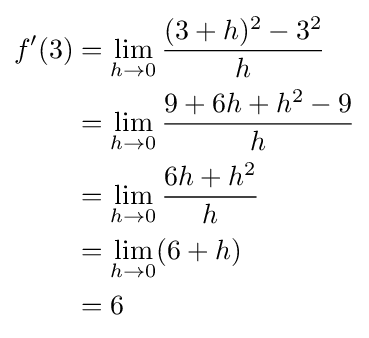
{\begin{aligned}f'(3)&=\lim _{h\to 0}{(3+h)^{2}-3^{2} \over {h}}\\&=\lim _{h\to 0}{9+6h+h^{2}-9 \over {h}}\\&=\lim _{h\to 0}{6h+h^{2} \over {h}}\\&=\lim _{h\to 0}(6+h)\\&=6\end{aligned}}